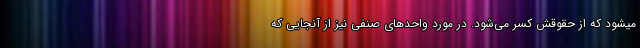
میشود که از حقوقش کسر می‌شود. در مورد واحدهای صنفی نیز از آنجایی که